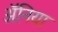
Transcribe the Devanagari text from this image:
ॲनिया